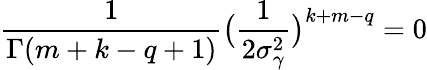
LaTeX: \frac{1}{\Gamma(m+k-q+1)}\big(\frac{1}{2\sigma_{\gamma}^{2}}\big)^{k+m-q}=0